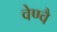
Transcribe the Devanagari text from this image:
वेण्वै